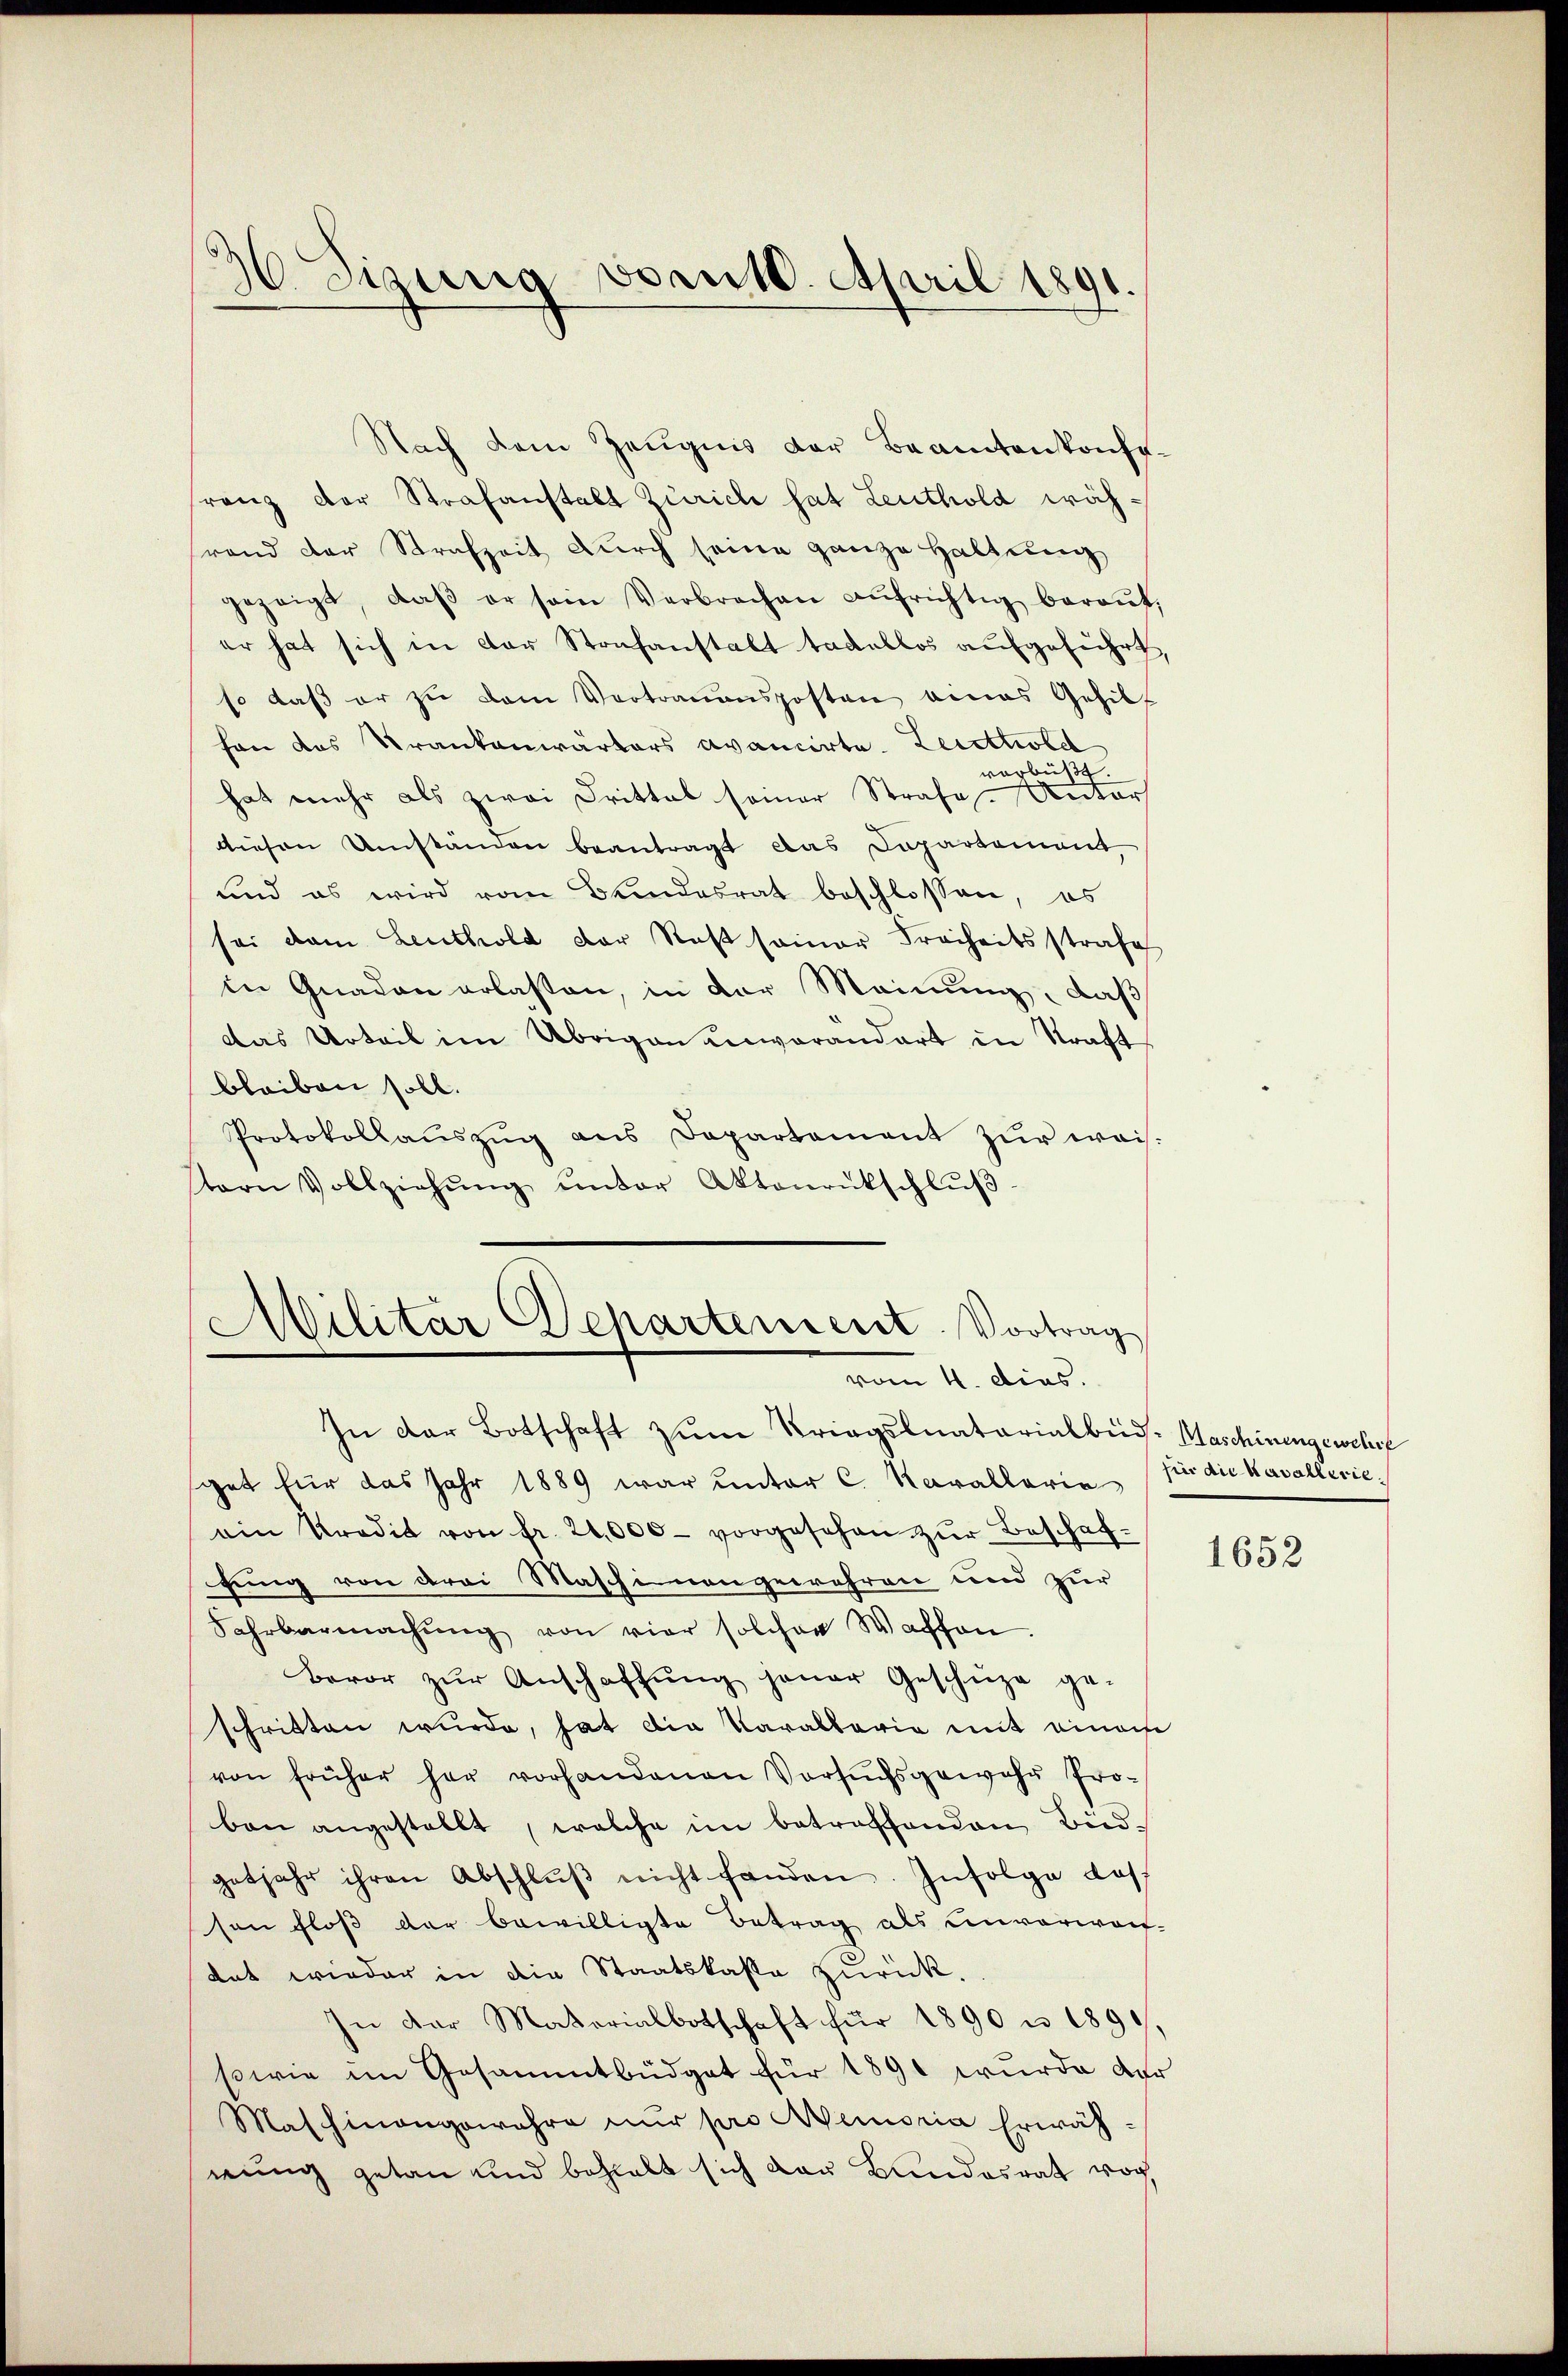
36 Sizung vom 10. April 1891.

Nach dem Zeugnis der Beamtenkonferanz der Strafanstalt Zürich hat Leuthold währand der Strafzeit durch seine ganze Haltung
gezeigt, daβ er sein Verbrechen aŭfrichtig beraŭf,
er hat sich in der Strafanstalt tadellos aufgeführt,
so daβ er zu dem Vortrauensposten eines Gehilf
hon das Krankenwärters avancirte Leisttwed
verbüßt
hat mehr als zwei Drittel seiner Strafe. Antor
diesen Umständen beantragt das Departement
und es wird vom Bundesrat beschlossen, es
sei dem Leuthold der Rest seiner Freiheitsstrafe
in Gnaden erlassen, in der Meinung, daß
Das Urteil im Übrigen unverändert in Kraft
bleiben soll.
Protokollaŭszŭg ans Departament zŭr weis-
tern Vollziehŭng ŭnter Aktenrückschlŭβ-

Militär Departement. Vortrag
vom 11. dies

In der Botschaft zŭm Kriegslnatarialbüd-Maschinengewehrf
get für das Jahr 1889 war ŭnter C. Kavallaria
ain Kredit von fr. 20,000 vorgesehen zŭr Beschaffung von drei Maschinengewehren und zur
Fahrbarmachŭng von vier solcher Waffen.
Bevor zŭr Anschaffŭng jener Geschüze ge-
schritten wurde, hat die Parallaria mit eines
von früher her vorhandenen Vorsŭchsgewahr Pro-
ben angestellt, welche im betroffenden Bud-
getjahr ihren Abschlŭβ nicht fanden. Infolge das
son floß der bewilligte Betrag als einverwart-
dat wieder in die Staatskasse zurück.
In der Materialbotschaft für 1890 u. 1890
sowie im Gesammtbüdget für 1891 wurde der
Maschinangewahre nur pro Memoria Erwähnung getan und behalt sich das Bundesrat vor,

für die Kavallerie¬

1652